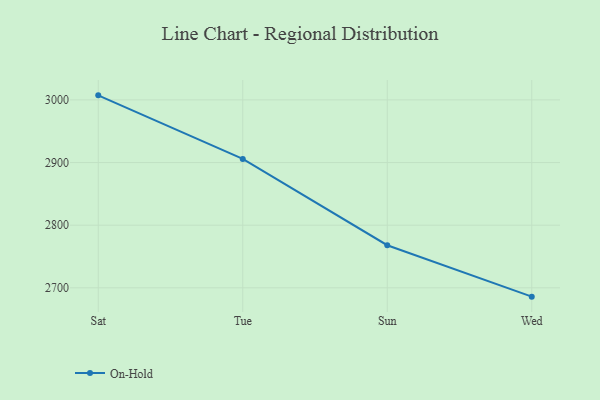
{"axis": {"x": "Day", "y": "Budget (USD K)"}, "legend": ["On-Hold"], "data": [{"x": "Sat", "y": 3007.3, "type": "On-Hold"}, {"x": "Tue", "y": 2905.8, "type": "On-Hold"}, {"x": "Sun", "y": 2768.0, "type": "On-Hold"}, {"x": "Wed", "y": 2685.9, "type": "On-Hold"}]}